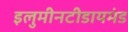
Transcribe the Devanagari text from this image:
इलुमीनटीडायमंड